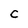
Character: C